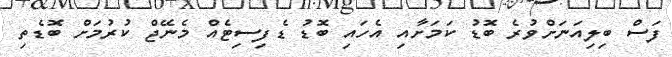
ފަސް ބިލިއަނަށްވުރެ ބޮޑު ކަމަށާއި އެހައި ބޮޑު ޑެފިސިޓެއް މެނޭޖް ކުރުމަށް ބޮޑެތި